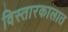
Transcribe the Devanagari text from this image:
विस्तारकालात